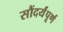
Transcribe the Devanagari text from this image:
सौंदर्यंपूर्ण